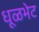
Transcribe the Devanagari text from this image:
धूळभेट